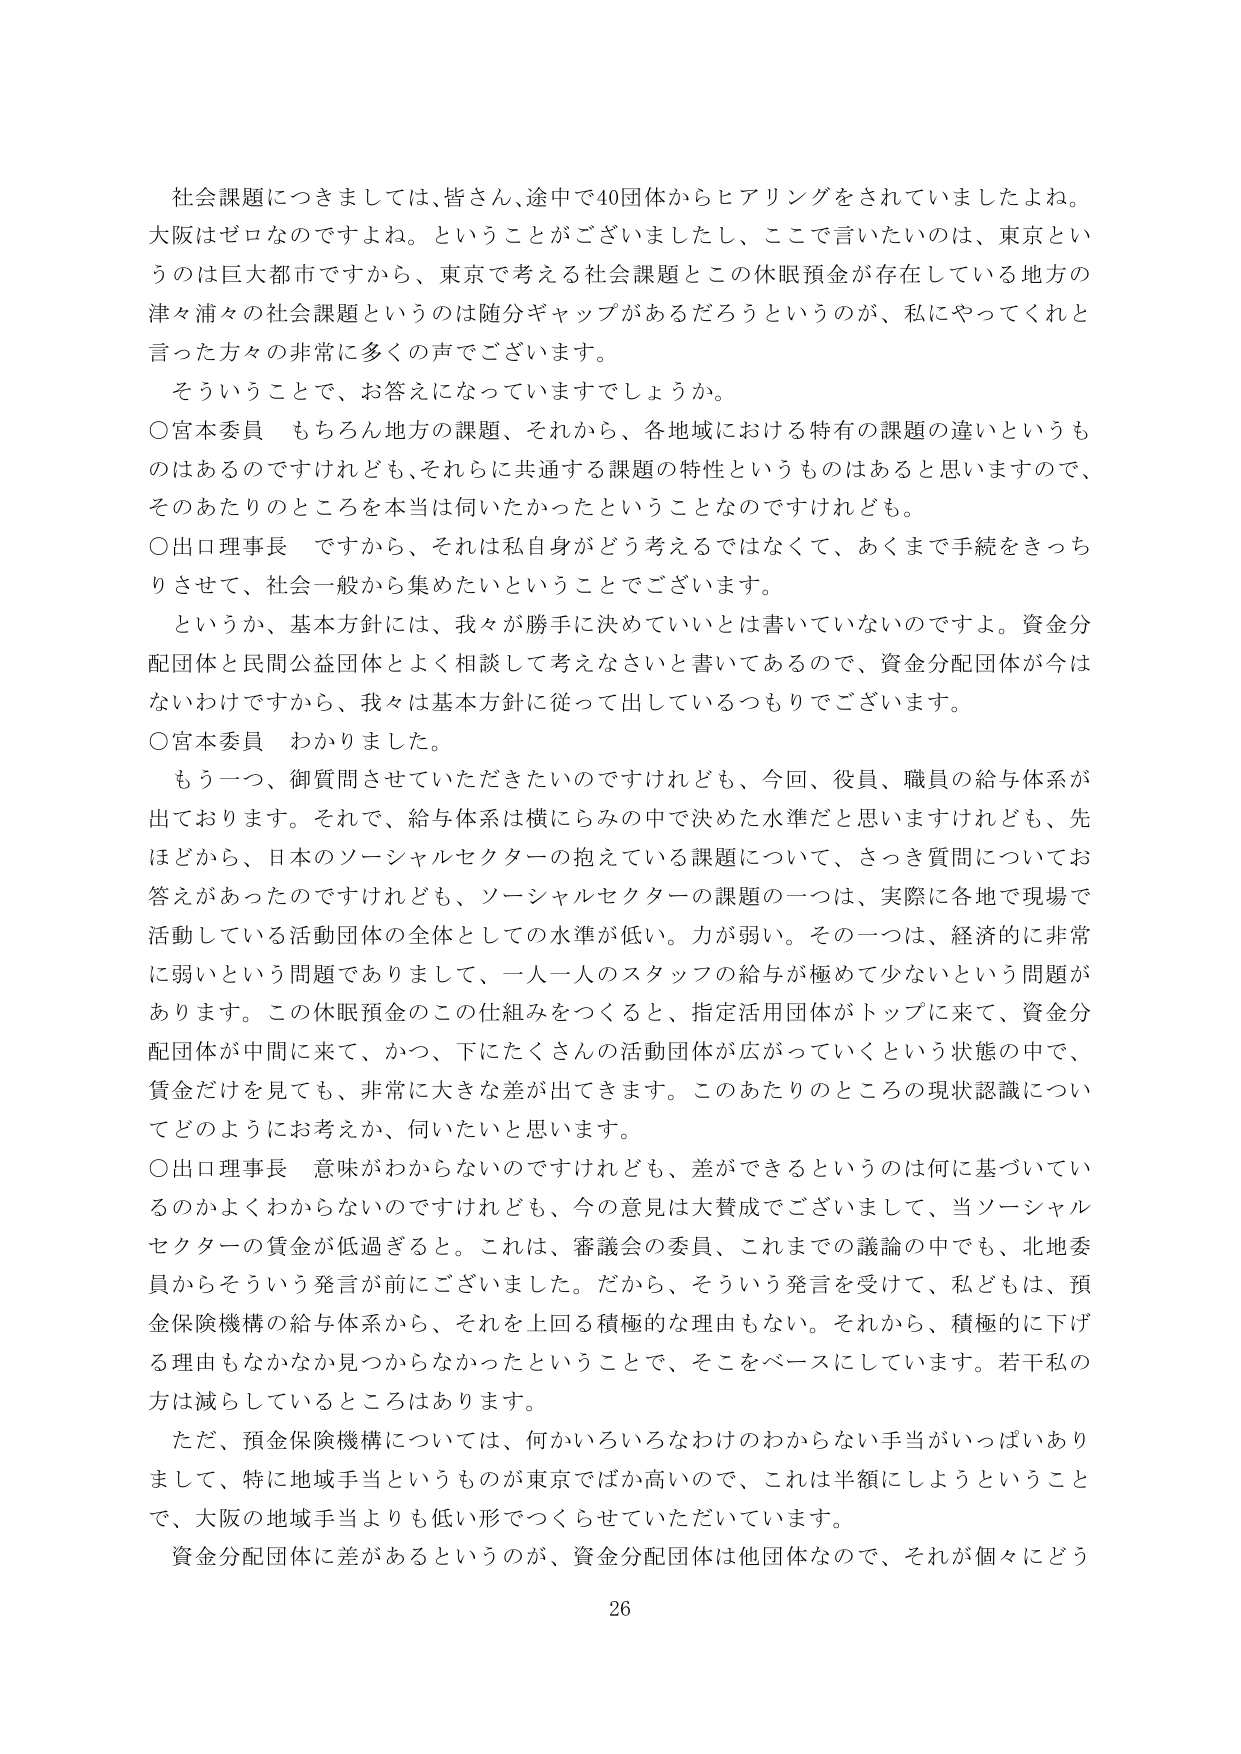
社会課題につきましては、皆さん、途中で40団体からヒアリングをされていましたよね。大阪はゼロなのですよね。ということがございましたし、ここで言いたいのは、東京というのは巨大都市ですから、東京で考える社会課題とこの休眠預金が存在している地方の津々浦々の社会課題というのは随分ギャップがあるだろうというのが、私にやってくれと言った方々の非常に多くの声でございます。

そういうことで、お答えになっていますでしょうか。

○宮本委員　もちろん地方の課題、それから、各地域における特有の課題の違いというものはあるのですけれども、それらに共通する課題の特性というものはあると思いますので、そのあたりのところを本当は伺いたかったということなのですけれども。

○出口理事長　ですから、それは私自身がどう考えるではなくて、あくまで手続をきっちりさせて、社会一般から集めたいということでございます。

というか、基本方針には、我々が勝手に決めていいとは書いていないのですよ。資金分配団体と民間公益団体とよく相談して考えなさいと書いてあるので、資金分配団体が今はないわけですから、我々は基本方針に従って出しているつもりでございます。

○宮本委員　わかりました。

もう一つ、御質問させていただきたいのですけれども、今回、役員、職員の給与体系が出ております。それで、給与体系は横にらみの中で決めた水準だと思いますけれども、先ほどから、日本のソーシャルセクターの抱えている課題について、さっき質問についてお答えがあったのですけれども、ソーシャルセクターの課題の一つは、実際に各地で現場で活動している活動団体の全体としての水準が低い。力が弱い。その一つは、経済的に非常に弱いという問題でありまして、一人一人のスタッフの給与が極めて少ないという問題があります。この休眠預金のこの仕組みをつくると、指定活用団体がトップに来て、資金分配団体が中間に来て、かつ、下にたくさんの活動団体が広がっていくという状態の中で、賃金だけを見ても、非常に大きな差が出てきます。このあたりのところの現状認識についてどのようにお考えか、伺いたいと思います。

○出口理事長　意味がわからないのですけれども、差ができるというのは何に基づいているのかよくわからないのですけれども、今の意見は大賛成でございまして、当ソーシャルセクターの賃金が低過ぎると。これは、審議会の委員、これまでの議論の中でも、北地委員からそういう発言が前にございました。だから、そういう発言を受けて、私どもは、預金保険機構の給与体系から、それを上回る積極的な理由もない。それから、積極的に下げる理由もなかなか見つからなかったということで、そこをベースにしています。若干私の方は減らしているところはあります。

ただ、預金保険機構については、何かいろいろなわけのわからない手当がいっぱいありまして、特に地域手当というものが東京でばか高いので、これは半額にしようということで、大阪の地域手当よりも低い形でつくらせていただいています。

資金分配団体に差があるというのが、資金分配団体は他団体なので、それが個々にどう

26